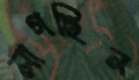
লাগছিন